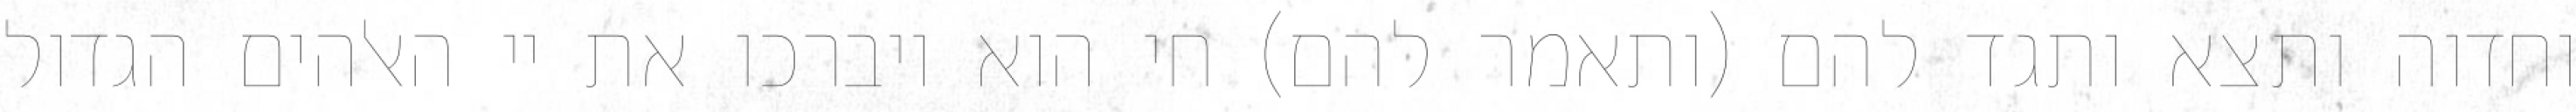
וחדוה ותצא ותגד להם (ותאמר להם) חי הוא ויברכו את יי האלהים הגדול